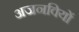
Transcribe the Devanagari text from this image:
अजनवियों